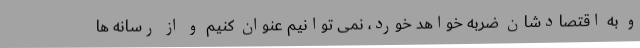
و به اقتصادشان ضربه خواهد خورد، نمی توانیم عنوان کنیم و از رسانه ها